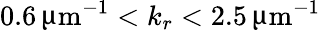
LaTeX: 0.6\, \upmu\mathrm{m}^{-1}<k_{r}<2.5\, \upmu\mathrm{m}^{-1}